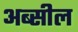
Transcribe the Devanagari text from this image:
अब्सील